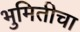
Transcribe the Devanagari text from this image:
भुमितीचा